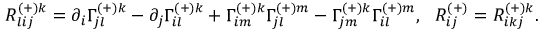
R _ { l i j } ^ { ( + ) k } = \partial _ { i } \Gamma _ { j l } ^ { ( + ) k } - \partial _ { j } \Gamma _ { i l } ^ { ( + ) k } + \Gamma _ { i m } ^ { ( + ) k } \Gamma _ { j l } ^ { ( + ) m } - \Gamma _ { j m } ^ { ( + ) k } \Gamma _ { i l } ^ { ( + ) m } , \ \ R _ { i j } ^ { ( + ) } = R _ { i k j } ^ { ( + ) k } .